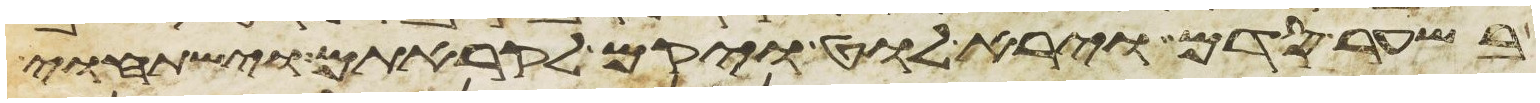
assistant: בשער סדם וירא לוט ויקם לקראתם וישתחוי